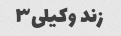
زند وکیلی۳